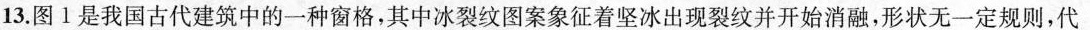
13.图1是我国古代建筑中的一种窗格，其中冰裂纹图案象征着坚冰出现裂纹并开始消融，形状无一定规则，代